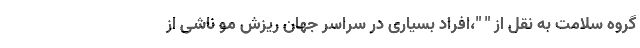
گروه سلامت به نقل از " "،افراد بسیاری در سراسر جهان ریزش مو ناشی از